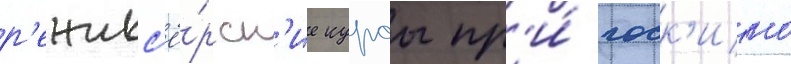
р'ежисс'ё́рск'ие курсы пр'и́ госк'ино